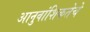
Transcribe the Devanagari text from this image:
आनुवांशिकतेचे